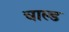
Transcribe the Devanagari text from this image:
चाल्ड